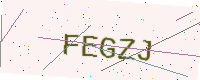
Text: FEGZJ